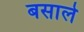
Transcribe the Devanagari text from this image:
बसाले